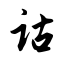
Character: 诂